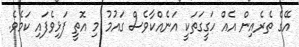
އޭގެ ތެރެއިން އެއް ހަގީގަތަކީ އަނެއްކާވެސް ގައުމު މި އޮތީ ފަޅިވެފައި ކަމެވެ.